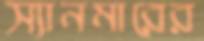
স্যানমারের